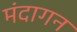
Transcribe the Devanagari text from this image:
मंदागन